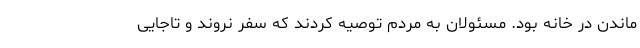
ماندن در خانه بود. مسئولان به مردم توصیه کردند که سفر نروند و تاجایی